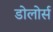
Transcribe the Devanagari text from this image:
डोलोर्स